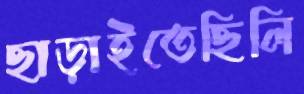
ছাড়াইতেছিলি